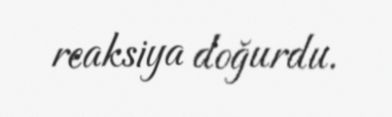
reaksiya doğurdu.